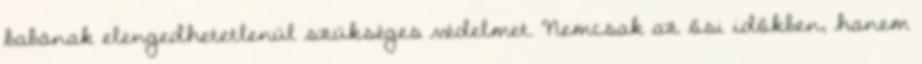
babának elengedhetetlenül szükséges védelmet. Nemcsak az ősi időkben, hanem